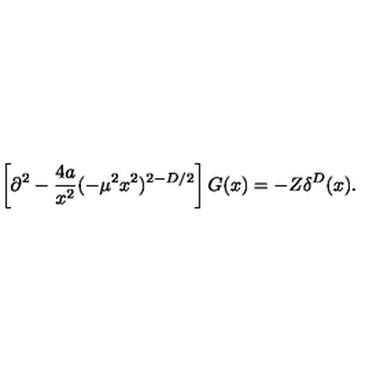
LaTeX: \left[ \partial ^ { 2 } - \frac { 4 a } { x ^ { 2 } } ( - \mu ^ { 2 } x ^ { 2 } ) ^ { 2 - D / 2 } \right] G ( x ) = - Z \delta ^ { D } ( x ) .